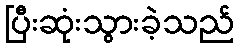
ပြီးဆုံးသွားခဲ့သည်